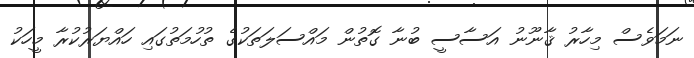
ނަމަވެސް މިހާރު ޤާނޫނު އަސާސީ ބުނާ ގޮތުން މައްސަލަތަކުގެ ތުހުމަތުގައި ހައްޔަރުކުރާ މީހަކު